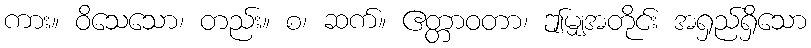
ကား။ ဝိသေသော၊ တည်း။ စ၊ ဆက်။ ဧတ္တာဝတာ၊ ဤမျှအတိုင်း အရှည်ရှိသော